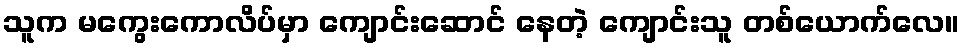
သူက မကွေးကောလိပ်မှာ ကျောင်းဆောင် နေတဲ့ ကျောင်းသူ တစ်ယောက်လေ။